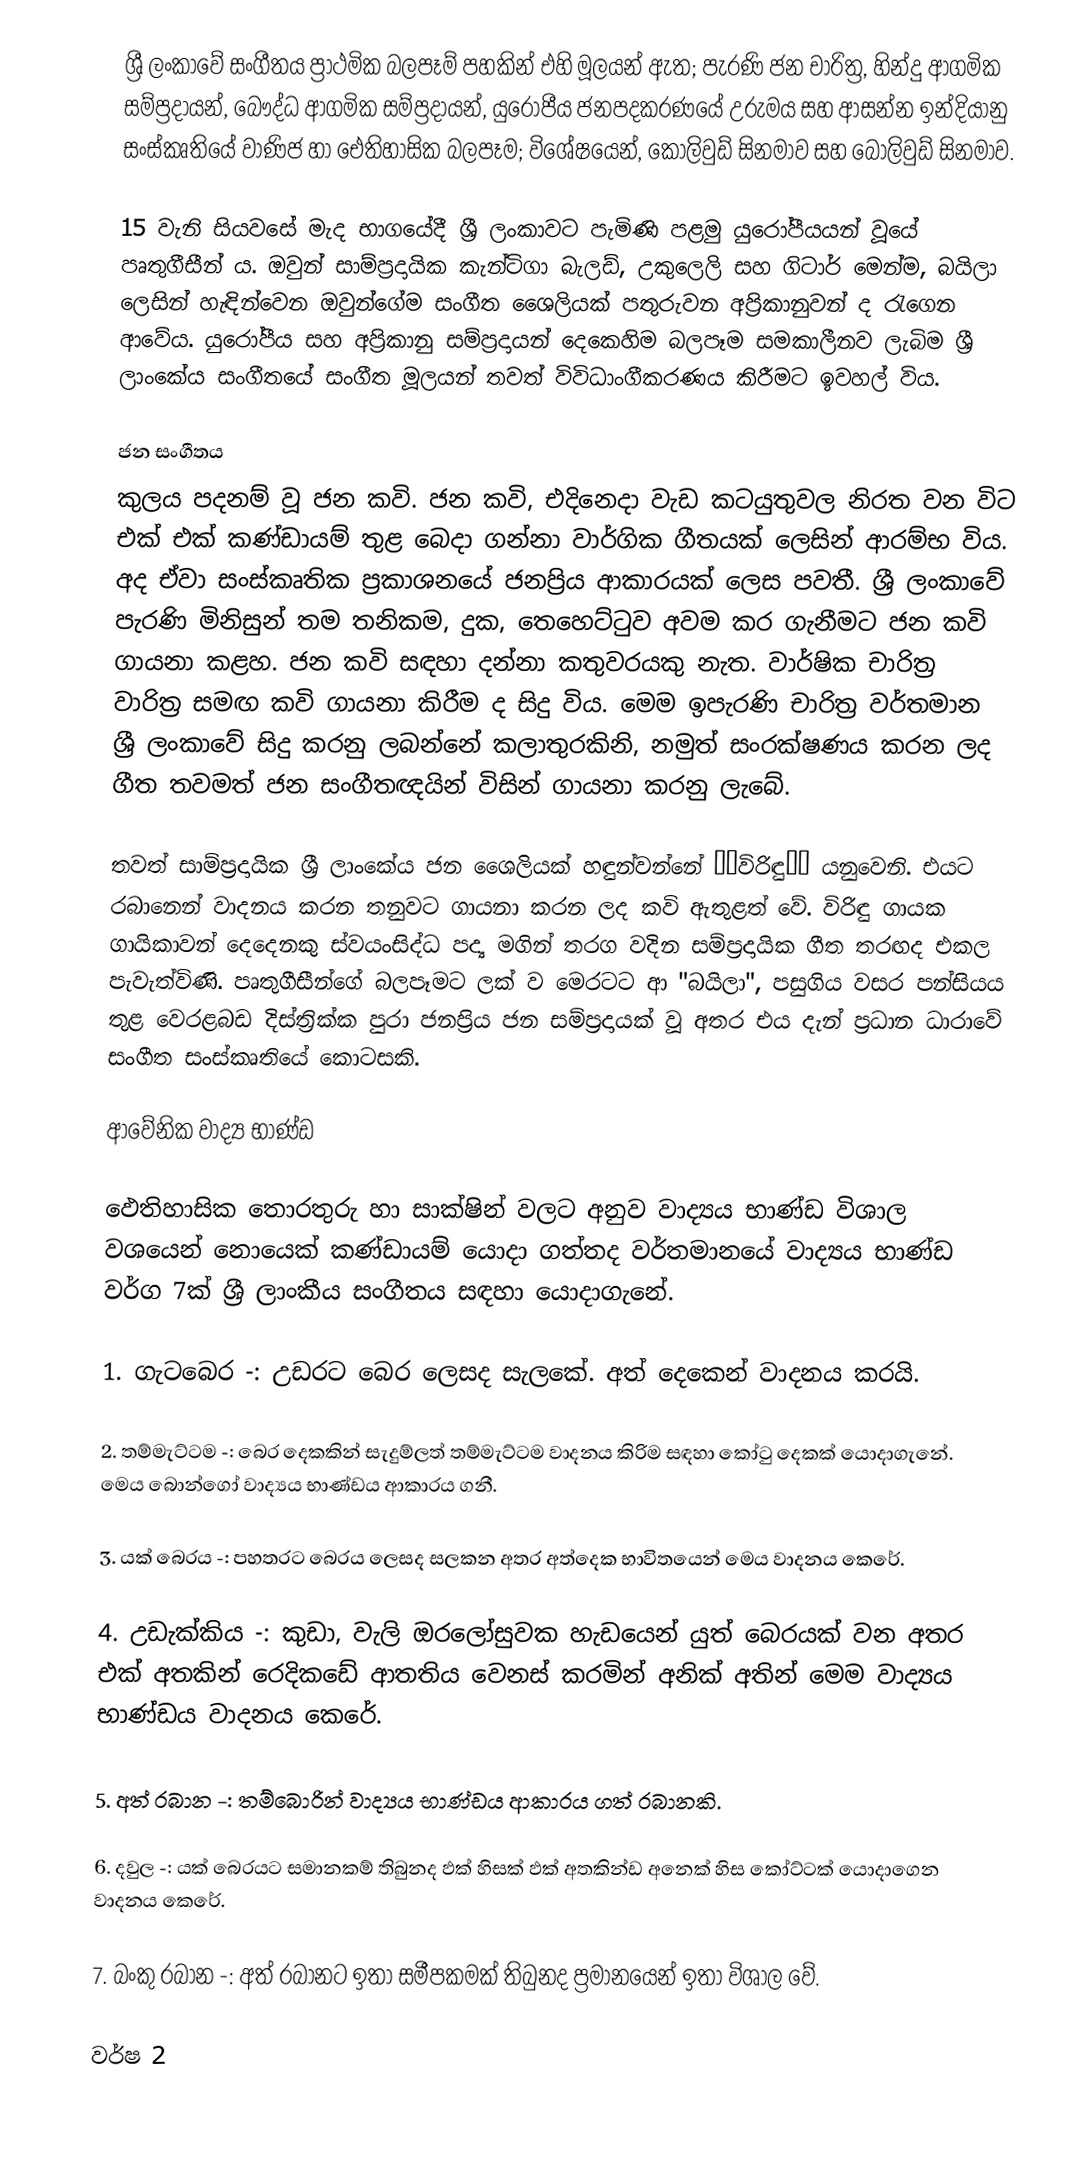
ශ්‍රී ලංකාවේ සංගීතය ප්‍රාථමික බලපෑම් පහකින් එහි මූලයන් ඇත; පැරණි ජන චාරිත්‍ර, හින්දු ආගමික සම්ප්‍රදායන්, බෞද්ධ ආගමික සම්ප්‍රදායන්, යුරෝපීය ජනපදකරණයේ උරුමය සහ ආසන්න ඉන්දියානු සංස්කෘතියේ වාණිජ හා ඓතිහාසික බලපෑම; විශේෂයෙන්, කොලිවුඩ් සිනමාව සහ බොලිවුඩ් සිනමාව.

15 වැනි සියවසේ මැද භාගයේදී ශ්‍රී ලංකාවට පැමිණි පළමු යුරෝපීයයන් වූයේ පෘතුගීසීන් ය. ඔවුන් සාම්ප්‍රදායික කැන්ටිගා බැලඩ්, උකුලෙලි සහ ගිටාර් මෙන්ම, බයිලා ලෙසින් හැඳින්වෙන ඔවුන්ගේම සංගීත ශෛලියක් පතුරුවන අප්‍රිකානුවන් ද රැගෙන ආවේය. යුරෝපීය සහ අප්‍රිකානු සම්ප්‍රදායන් දෙකෙහිම බලපෑම සමකාලීනව ලැබිම ශ්‍රී ලාංකේය සංගීතයේ සංගීත මූලයන් තවත් විවිධාංගීකරණය කිරීමට ඉවහල් විය.

ජන සංගීතය
කුලය පදනම් වූ ජන කවි. ජන කවි, එදිනෙදා වැඩ කටයුතුවල නිරත වන විට එක් එක් කණ්ඩායම් තුළ බෙදා ගන්නා වාර්ගික ගීතයක් ලෙසින් ආරම්භ විය. අද ඒවා සංස්කෘතික ප්‍රකාශනයේ ජනප්‍රිය ආකාරයක් ලෙස පවතී. ශ්‍රී ලංකාවේ පැරණි මිනිසුන් තම තනිකම, දුක, තෙහෙට්ටුව අවම කර ගැනීමට ජන කවි ගායනා කළහ. ජන කවි සඳහා දන්නා කතුවරයකු නැත. වාර්ෂික චාරිත්‍ර වාරිත්‍ර සමඟ කවි ගායනා කිරීම ද සිදු විය. මෙම ඉපැරණි චාරිත්‍ර වර්තමාන ශ්‍රී ලංකාවේ සිදු කරනු ලබන්නේ කලාතුරකිනි, නමුත් සංරක්ෂණය කරන ලද ගීත තවමත් ජන සංගීතඥයින් විසින් ගායනා කරනු ලැබේ.

තවත් සාම්ප්‍රදායික ශ්‍රී ලාංකේය ජන ශෛලියක් හඳුන්වන්නේ ‘‘විරිඳු’’ යනුවෙනි. එයට රබානෙන් වාදනය කරන තනුවට ගායනා කරන ලද කවි ඇතුළත් වේ. විරිඳු ගායක ගායිකාවන් දෙදෙනකු ස්වයංසිද්ධ පද්‍ය මගින් තරග වදින සම්ප්‍රදායික ගීත තරඟද එකල පැවැත්විණි. පෘතුගීසීන්ගේ බලපෑමට ලක් ව මෙරටට ආ "බයිලා", පසුගිය වසර පන්සියය තුළ වෙරළබඩ දිස්ත්‍රික්ක පුරා ජනප්‍රිය ජන සම්ප්‍රදායක් වූ අතර එය දැන් ප්‍රධාන ධාරාවේ සංගීත සංස්කෘතියේ කොටසකි.

ආවේනික වාද්‍ය භාණ්ඩ

ඵෙතිහාසික තොරතුරු හා සාක්ෂින් වලට අනුව වාද්‍යය භාණ්ඩ විශාල වශයෙන් නොයෙක් කණ්ඩායම් යොදා ගත්තද වර්තමානයේ වාද්‍යය භාණ්ඩ වර්ග 7ක් ශ්‍රී ලාංකීය සංගීතය සඳහා යොදාගැනේ.

1.  ගැටබෙර        -: උඩරට බෙර ලෙසද සැලකේ. අත් දෙකෙන් වාදනය කරයි.

2.  තම්මැට්ටම     -: බෙර දෙකකින් සැදුම්ලත් තම්මැට්ටම වාදනය කිරිම සඳහා කෝටු දෙකක් යොදාගැනේ. මෙය බොන්ගෝ වාද්‍යය භාණ්ඩය ආකාරය ගනී.

3.  යක් බෙරය    -: පහතරට බෙරය ලෙසද සලකන අතර අත්දෙක භාවිතයෙන් මෙය වාදනය කෙරේ.

4.  උඩැක්කිය      -: කුඩා, වැලි ඔරලෝසුවක හැඩයෙන් යුත් බෙරයක් වන අතර එක් අතකින් රෙදිකඩේ ආතතිය වෙනස් කරමින් අනික් අතින් මෙම වාද්‍යය භාණ්ඩය වාදනය කෙරේ.

5.  අත් රබාන      -: තම්බොරින් වාද්‍යය භාණ්ඩය ආකාරය ගත් රබානකි.

6.  දවුල                -: යක් බෙරයට සමානකම් තිබුනද ඵක් හිසක් ඵක් අතකින්ඩ අනෙක් හිස කෝට්ටක් යොදාගෙන වාදනය කෙරේ.

7.  බංකු රබාන    -: අත් රබානට ඉතා සමීපකමක් තිබුනද ප්‍රමානයෙන් ඉතා විශාල වේ.

වර්ෂ 2